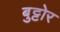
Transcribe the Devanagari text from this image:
बुट्टोर